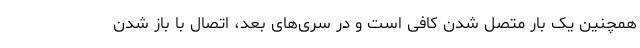
همچنین یک بار متصل شدن کافی است و در سری‌های بعد، اتصال با باز شدن